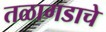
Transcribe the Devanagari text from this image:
तळागडाचे